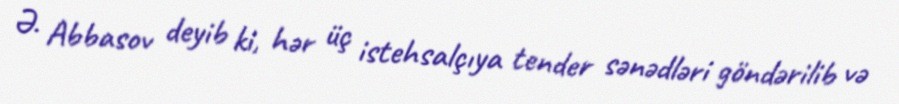
Ə. Abbasov deyib ki, hər üç istehsalçıya tender sənədləri göndərilib və